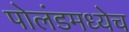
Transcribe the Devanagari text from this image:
पोलंडमध्येच